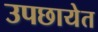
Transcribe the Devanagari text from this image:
उपछायेत